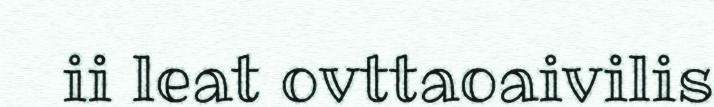
ii leat ovttaoaivilis